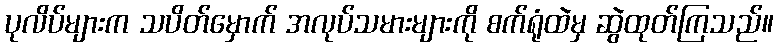
ပုလိပ်များက သပိတ်မှောက် အလုပ်သမားများကို စက်ရုံထဲမှ ဆွဲထုတ်ကြသည်။